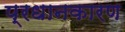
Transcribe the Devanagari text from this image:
प्रधानकारण